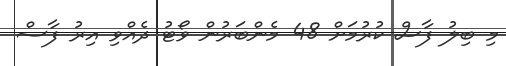
މި ބިލު ފާސް ކުރުމަށް 48 މެންބަރުން ވޯޓު ދެއްވި އިރު ފާސް